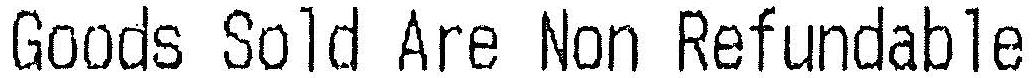
GOODS SOLD ARE NON REFUNDABLE